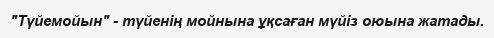
"Түйемойын" - түйенің мойнына ұқсаған мүйіз оюына жатады.